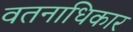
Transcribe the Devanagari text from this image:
वतनाधिकार